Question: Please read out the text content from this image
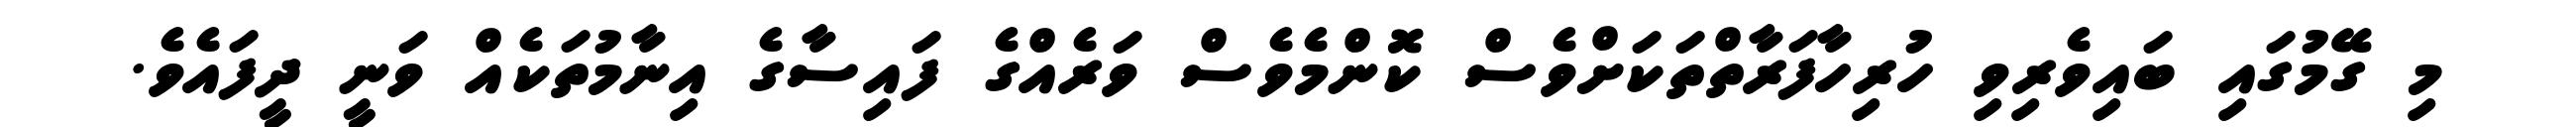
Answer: މި ގޭމުގައި ބައިވެރިވި ހުރިހާފަރާތްތަކަށްވެސް ކޮންމެވެސް ވަރެއްގެ ފައިސާގެ އިނާމުތަކެއް ވަނީ ދީފައެވެ.